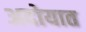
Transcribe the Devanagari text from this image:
अदोयात